Leaving Certificate Examination, 1925
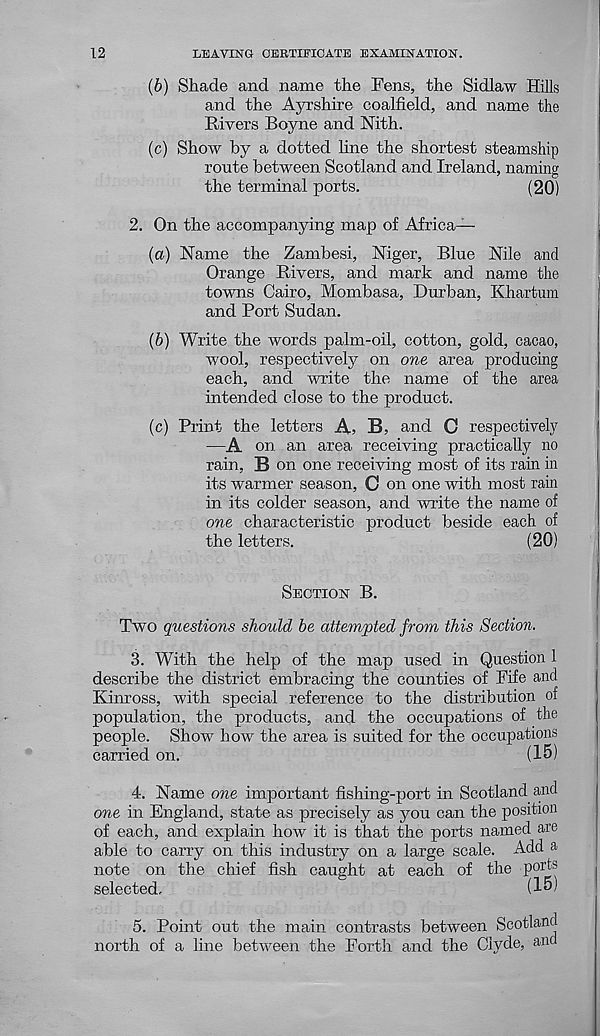
12
LEAVING CERTIFICATE EXAMINATION.
(b) Shade and name the Fens, the Sidlaw Hills
and the Ayrshire coalfield, and name the
Rivers Boyne and Nith.
(c) Show by a dotted line the shortest steamship
route between Scotland and Ireland, naming
the terminal ports.
(20)
2. On the accompanying map of Africa—
(a) Name the Zambesi, Niger, Blue Nile and
Orange Rivers, and mark and name the
towns Cairo, Mombasa, Durban, Khartum
and Port Sudan.
(b) Write the words palm-oil, cotton, gold, cacao,
wool, respectively on one area producing
each, and write the name of the area
intended close to the product.
(c) Print the letters A, B, and 0 respectively
—A on an area receiving practically no
rain, B on one receiving most of its rain in
its warmer season, C on one with most rain
in its colder season, and write the name of
one characteristic product beside each of
the letters.
(20)
SECTION B.
Two questions should be attempted from this Section.
3. With the help of the map used in Question 1
describe the district embracing the counties of Fife and
Kinross, with special reference to the distribution of
population, the products, and the occupations of the
people. Show how the area is suited for the occupations
carried on.
(15)
4. Name one important fishing-port in Scotland and
one in England, state as precisely as you can the position
of each, and explain how it is that the ports named are
able to carry on this industry on a large scale. Add a
note on the chief fish caught at each of the P°W
selected.
(I 5 )
5. Point out the main contrasts between Scotland
north of a line between the Forth and the Clyde, anc